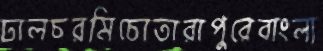
ঢালচরমিচোতারাপুরেবাংলা